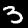
Digit: 3